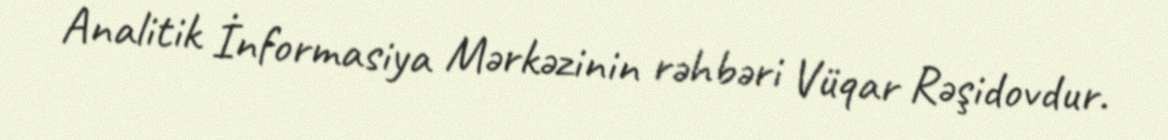
Analitik İnformasiya Mərkəzinin rəhbəri Vüqar Rəşidovdur.